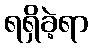
ရရှိခဲ့ရာ